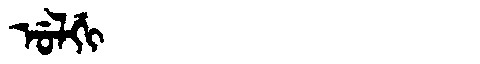
Manchu: ᡠᠯᡤᡳ
Romanization: ULGI